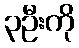
၃ဦးကို